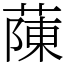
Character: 蔯